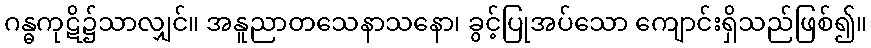
ဂန္ဓကုဋိ၌သာလျှင်။ အနူညာတသေနာသနော၊ ခွင့်ပြုအပ်သော ကျောင်းရှိသည်ဖြစ်၍။